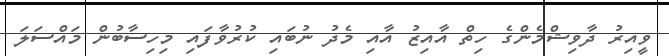
ވީއިރު ދާވިޝްމެންގެ ހިތް އާއިޒު އާއި މެދު ނުބައި ކުރުވާފައި މިހިސާބުން މައްސަލަ